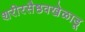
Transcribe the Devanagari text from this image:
शरीरसैष्ठवखेळाडू